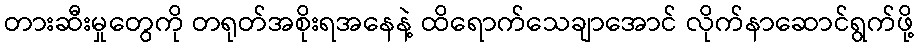
တားဆီးမှုတွေကို တရုတ်အစိုးရအနေနဲ့ ထိရောက်သေချာအောင် လိုက်နာဆောင်ရွက်ဖို့